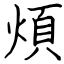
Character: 煩